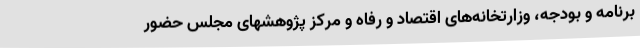
برنامه و بودجه، وزارتخانه‌های اقتصاد و رفاه و مرکز پژوهشهای مجلس حضور